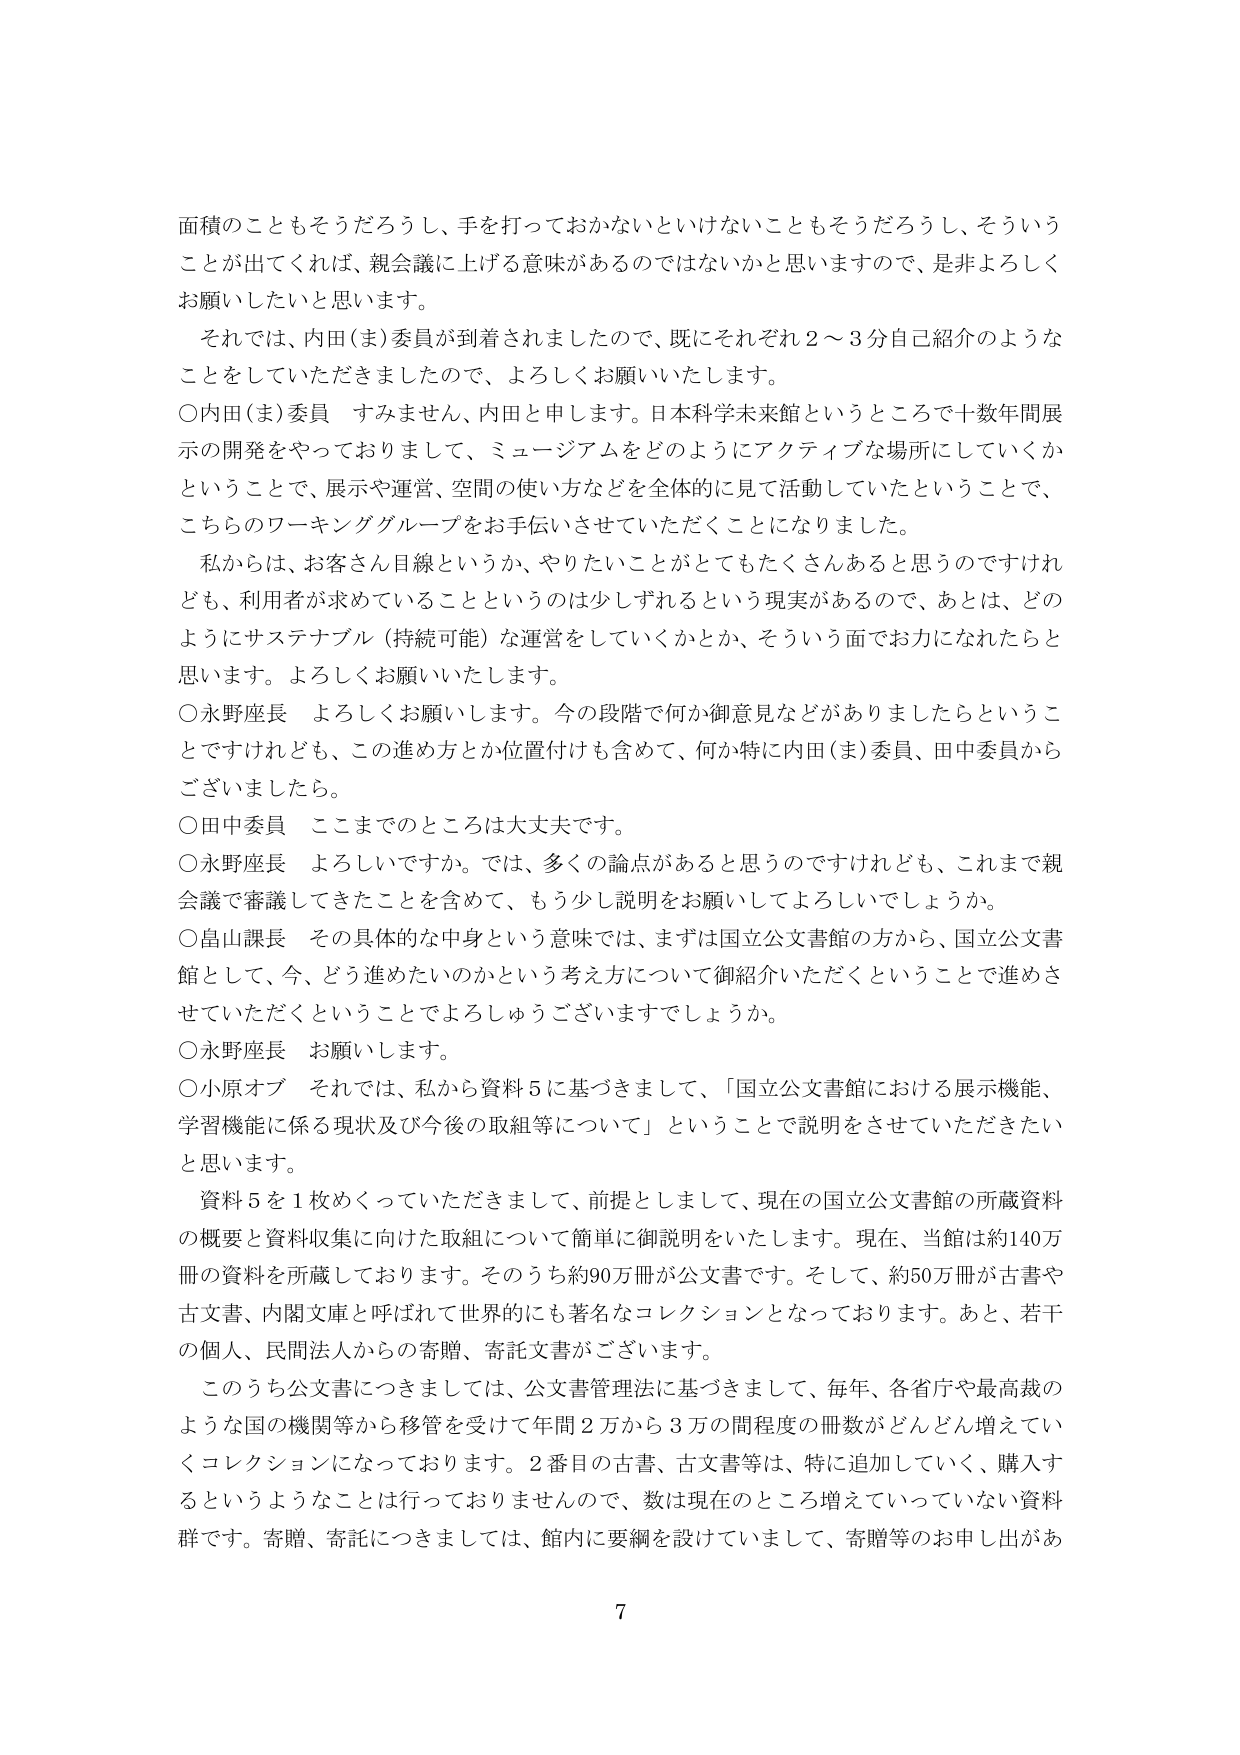
面積のこともそうだろうし、手を打っておかないといけないこともそうだろうし、そういうことが出てくれば、親会議に上げる意味があるのではないかと思いますので、是非よろしくお願いしたいと思います。

それでは、内田（ま）委員が到着されましたので、既にそれぞれ2～3分自己紹介のようなことをしていただきましたので、よろしくお願いいたします。

〇内田（ま）委員　すみません、内田と申します。日本科学未来館というところで十数年間展示の開発をやっておりまして、ミュージアムをどのようにアクティブな場所にしていくかということで、展示や運営、空間の使い方などを全体的に見て活動していたということで、こちらのワーキンググループをお手伝いさせていただくことになりました。

私からは、お客さん目線というか、やりたいことがとてもたくさんあると思うのですけれども、利用者が求めていることというのは少しずれるという現実があるので、あとは、どのようにサステナブル（持続可能）な運営をしていくかとか、そういう面でお力になれたらと思います。よろしくお願いいたします。

〇永野座長　よろしくお願いします。今の段階で何か御意見などがありましたらということですけれども、この進め方とか位置付けも含めて、何か特に内田（ま）委員、田中委員からございましたら。

〇田中委員　ここまでのところは大丈夫です。

〇永野座長　よろしいですか。では、多くの論点があると思うのですけれども、これまで親会議で審議してきたことを含めて、もう少し説明をお願いしてよろしいでしょうか。

〇畠山課長　その具体的な中身という意味では、まずは国立公文書館の方から、国立公文書館として、今、どう進めたいのかという考え方について御紹介いただくということで進めさせていただくということでよろしゅうございますでしょうか。

〇永野座長　お願いします。

〇小原オブ　それでは、私から資料5に基づきまして、「国立公文書館における展示機能、学習機能に係る現状及び今後の取組等について」ということで説明をさせていただきたいと思います。

資料5を1枚めくっていただきまして、前提としまして、現在の国立公文書館の所蔵資料の概要と資料収集に向けた取組について簡単に御説明をいたします。現在、当館は約140万冊の資料を所蔵しております。そのうち約90万冊が公文書です。そして、約50万冊が古書や古文書、内閣文庫と呼ばれて世界的にも著名なコレクションとなっております。あと、若干の個人、民間法人からの寄贈、寄託文書がございます。

このうち公文書につきましては、公文書管理法に基づきまして、毎年、各省庁や最高裁のような国の機関等から移管を受けて年間2万から3万の間程度の冊数がどんどん増えていくコレクションになっております。2番目の古書、古文書等は、特に追加していく、購入するというようなことは行っておりませんので、数は現在のところ増えていっていない資料群です。寄贈、寄託につきましては、館内に要綱を設けていまして、寄贈等のお申し出があ

7